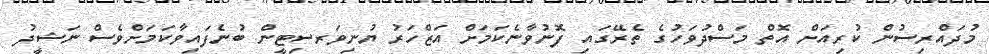
މުދައްރިސުން ކުރިއަށް އޮތް މަސްދުވަހުގެ ތެރޭގައި ފޮނުވާނެކަމަށް އަޒްހަރު ޔުނިވަރސިޓީން ބުނެފައިވާކަމަށްވެސް ނަޝީދު